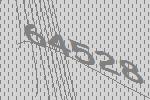
64528